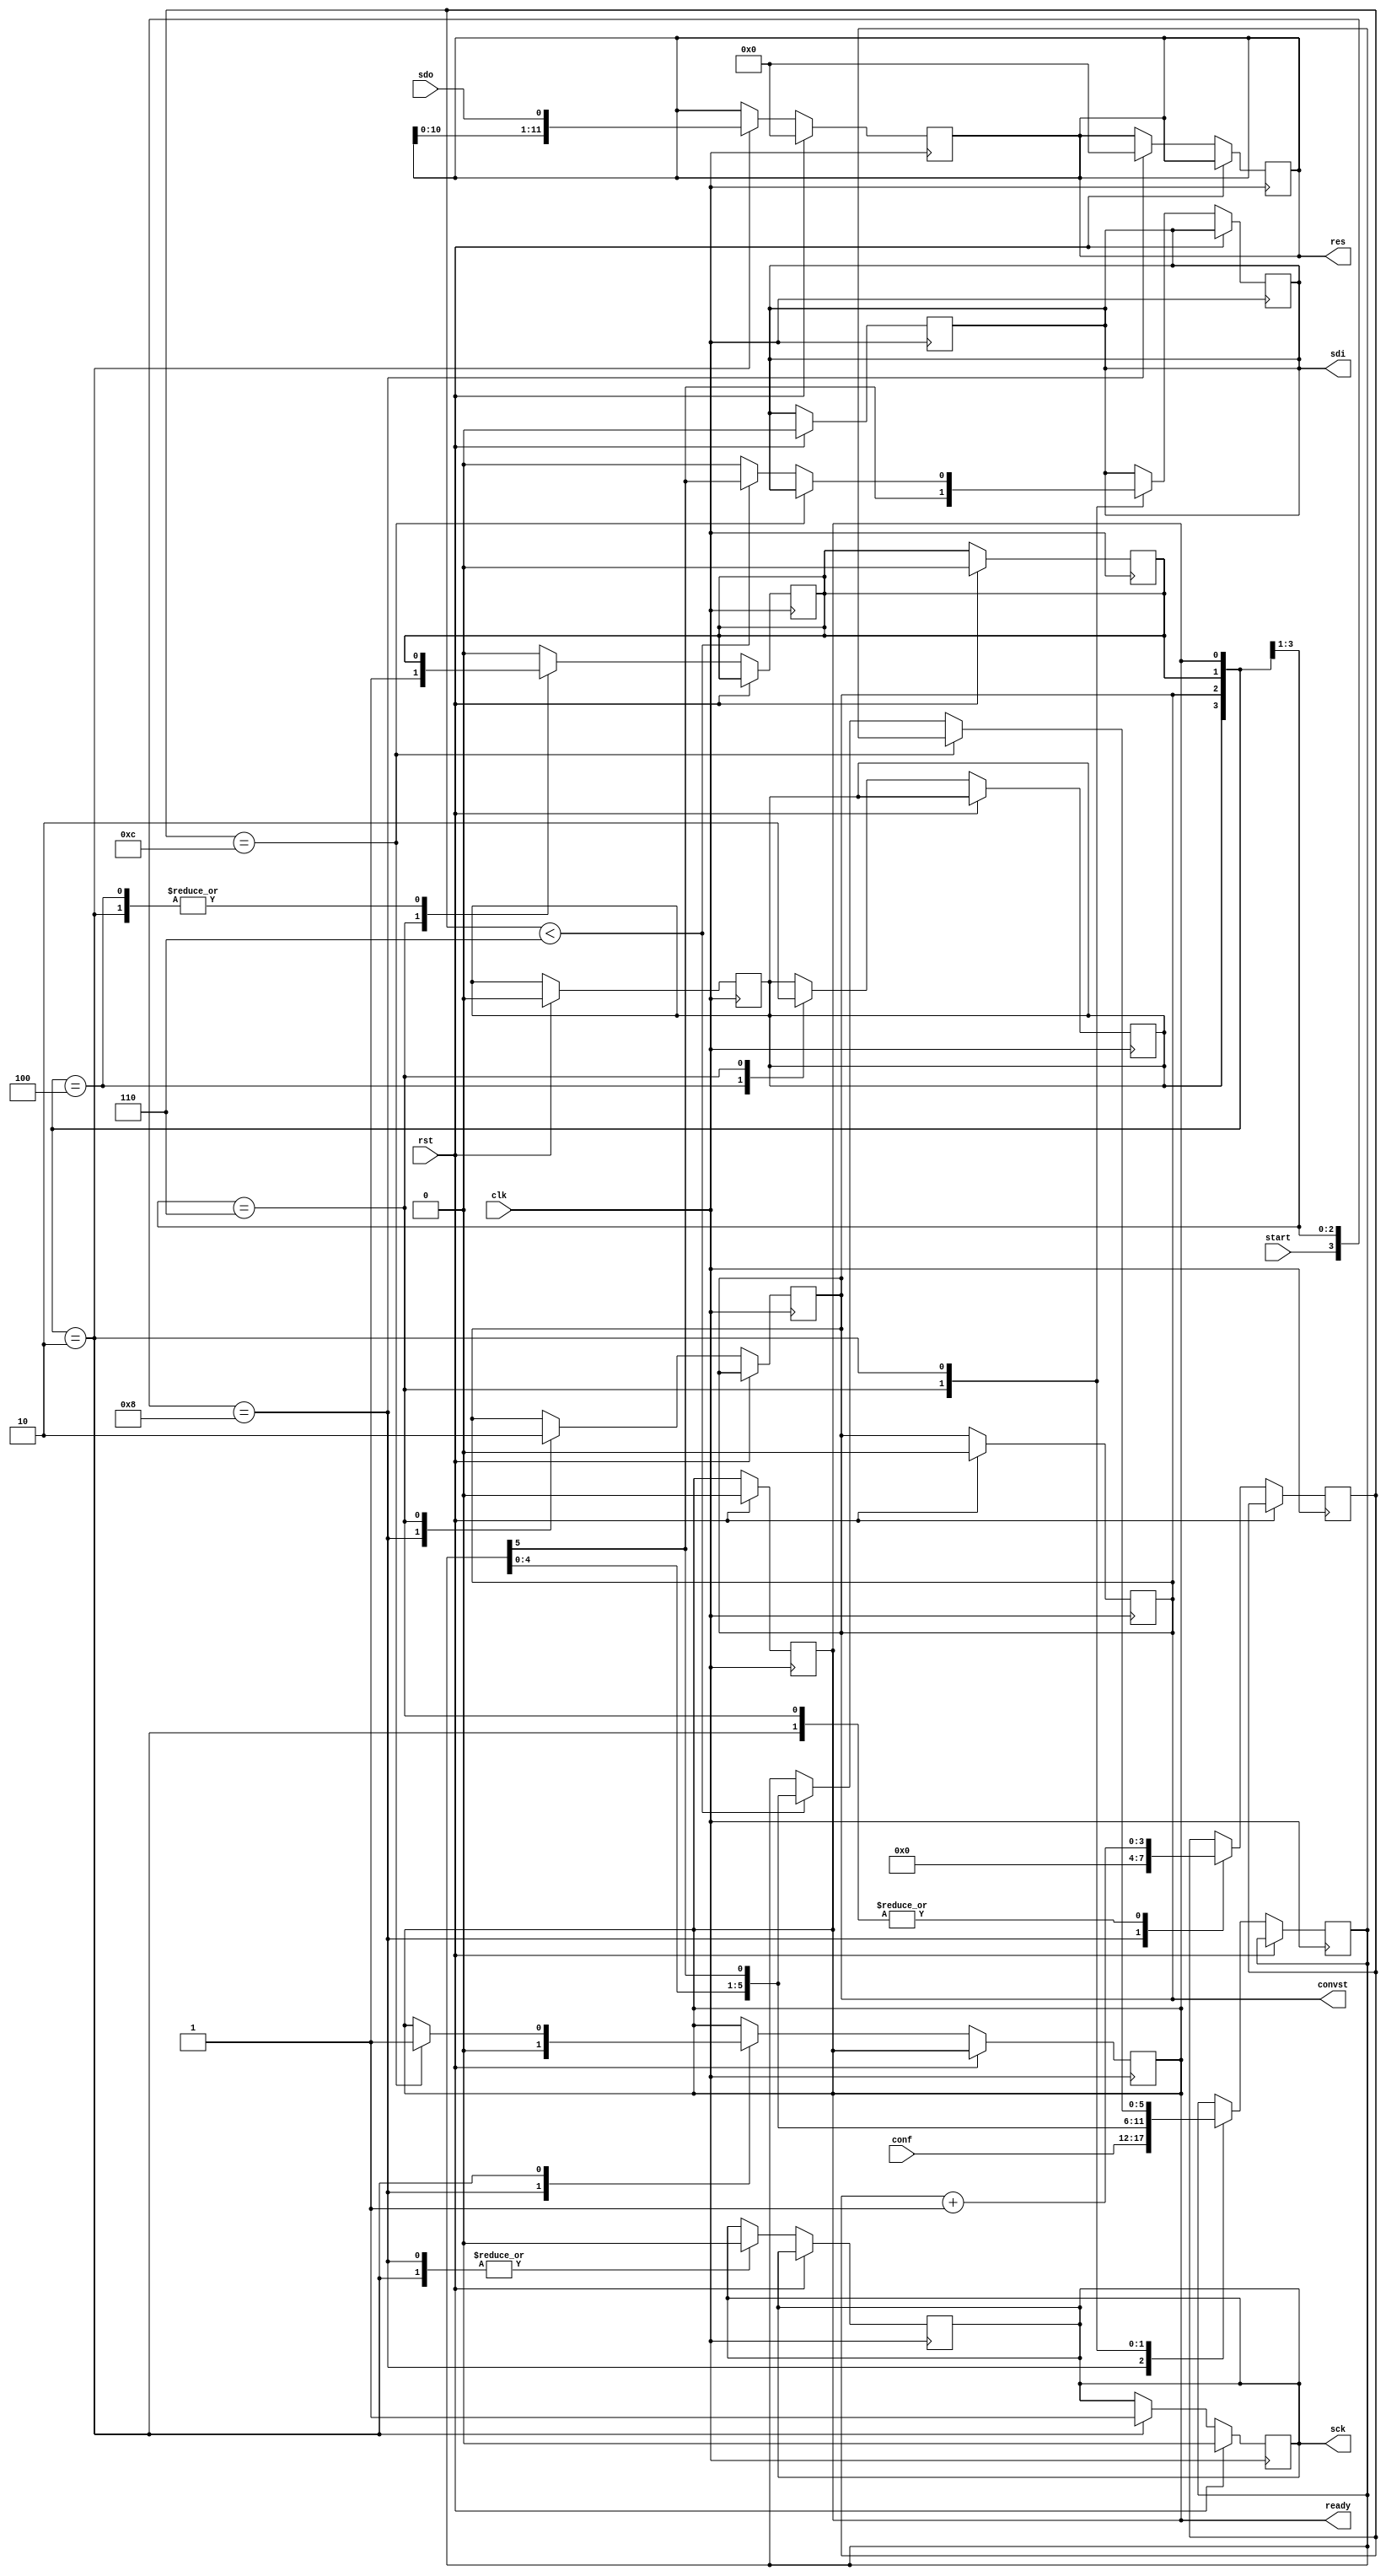
module LTC2308DRV(clk, rst, conf, start, res, ready, convst, sck, sdi, sdo);
    parameter w = 12;

    localparam
        STATE_START = 5'b1000x,
        STATE_STARTED = 5'bx0100,
        STATE_TRANSMITION_START = 5'bx110x,
        STATE_TRANSMITION = 5'bx0010;

    input clk;
    input [5:0] conf;
    reg [5:0] cr;
    input start;
    input rst;
    output reg [w - 1:0] res;
    output reg ready;
    reg hold;
    output reg convst;
    output reg sck;
    output reg sdi;
    input sdo;
    reg [3:0] bc;
    wire [4:0] state;
    reg going;

    assign state = {start, hold, convst, going, ready};

    always @(posedge clk) begin
        if (rst) begin
            hold <= 0;
            convst <= 0;
            going <= 0;
            sck <= 0;
            res <= 0;
            sdi <= 0;
            ready <= 0;
        end else begin
            casex (state)  
                
                STATE_TRANSMITION: begin
                    sck <= 1;
                    res <= {res[w - 2:0], sdo};
                end
                default: begin
                    
                end
            endcase
        end
    end

    always @(negedge clk) begin
        if (rst == 1'b0) begin
            casex (state)
                STATE_START: begin
                    convst <= 1;
                    bc <= 0;
                    sck <= 0;
                    going <= 0;
                    cr <= conf;
                    res <= 0;
                    ready <= 0;
                end
                STATE_STARTED: begin
                    hold <= 1;
                end
                STATE_TRANSMITION_START: begin
                    hold <= 0;
                    convst <= 0;
                    going <= 1;
                    bc <= bc + 1;
                    sdi <= cr[5];
                    cr <= {cr[4:0], cr[5]};
                end
                STATE_TRANSMITION: begin
                    sck <= 0;
                    bc <= bc + 1;
                    if (bc == 12) begin
                        ready <= 1;
                    end else if (bc < 6) begin
                        sdi <= cr[5];
                        cr <= {cr[4:0], cr[5]};
                    end else begin
                        sdi <= 0;
                    end
                end
                default: begin
                    going <= 0;
                end
            endcase
        end
    end
endmodule

module handle(clk, rst, convst, sck, sdi, sdo, led);

    localparam
        ADC_CONF_BITS = 6'b000000;

    input clk;
    input rst;
    output convst;
    output sck;
    output sdi;
    input sdo;
    output [7:0] led;

    wire ready;
    wire [11:0] data;

    reg start;
    reg [4:0] cnt;

    assign led = data[11:5];

    always @(posedge clk) begin        
        if (cnt) begin
            if (cnt == 8'd1 || cnt == 8'd2) begin
                start <= 1;
            end else begin
                start <= 0;
            end
            cnt <= cnt + 1;
        end else begin
            cnt <= 1;
            start <= 0;
        end
    end

    LTC2308DRV drv(.clk(clk)
        , .rst(rst)
        , .conf(ADC_CONF_BITS)
        , .start(start)
        , .res(data)
        , .ready(ready)
        , .convst(convst)
        , .sck(sck)
        , .sdi(sdi)
        , .sdo(sdo)
    );
    
endmodule

module hardinstance(clk, rst, convst, sck, sdi, sdo, led);

    input clk; /* synthesis chip_pin = "E20" */;
    input rst; /* synthesis chip_pin = "L10" */;
    output convst; /* synthesis chip_pin = "U9" */;
    output sck; /* synthesis chip_pin = "V10" */;
    output sdi; /* synthesis chip_pin = "AC4" */;
    input sdo; /* synthesis chip_pin = "AD4" */;
    output [7:0] led; /* synthesis chip_pin = "AA23, Y16, AE26, AF26, V15, V16, AA24, W15" */;

endmodule

module test();

    reg clk;
    reg latch;
    reg bin;
    wire [7:0] out;
    wire ob;
    reg [7:0] d;    

    reg [5:0] conf;
    reg start;
    wire [11:0] res;
    wire ready;
    wire convst;
    wire sck;
    reg rst;
    wire sdi;
    reg sdo;

    wire [7:0] led;

    initial begin
        $dumpfile("spi2.vcd");
        // $dumpvars(0, clk, latch, d, out, ob, sin.bf, sin.bin, sout.bf);
        //$dumpvars(0, clk, rst, start, ready, conf, convst, sck, sdi, sdo, res, drv.hold, drv.going, drv.state);
        $dumpvars(0, clk, rst, convst, sck, sdi, sdo, led, hnd.start, hnd.cnt);
        
        #0 clk <= 0;
        #0 sdo <= 1;
        #0 rst <= 0;

        #5 rst <= 1;
        #15 rst <= 0;
        
        #2500 $finish;
    end

    always begin
        #20 clk <= ~clk;
    end

    handle hnd(.clk(clk)
        , .rst(rst)
        , .convst(convst)
        , .sck(sck)
        , .sdi(sdi)
        , .sdo(sdo)
        , .led(led)
    );

    
endmodule